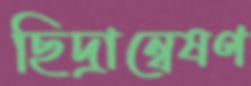
ছিদ্রান্বেষণ